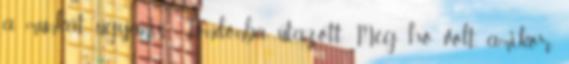
a munkát, ugyanis Londonba utazott. Még hó volt, amikor